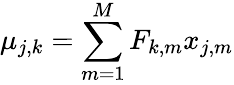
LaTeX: \mu_{j,k}=\sum_{m=1}^{M}F_{k,m}x_{j,m}